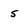
Character: 5